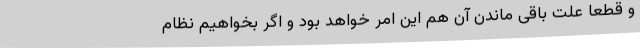
و قطعا علت باقی ماندن آن هم این امر خواهد بود و اگر بخواهیم نظام